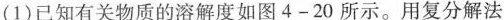
(1)已知有关物质的溶解度如图4-20所示。用复分解法